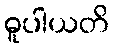
ဓူပါယတိ